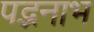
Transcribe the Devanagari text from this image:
पद्भनाभ